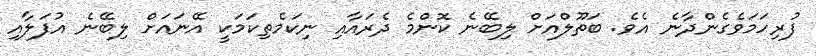
ފުރިހަމަވެގެންދާނެ އެވެ. ބަތޫލްއަށް ލިބޭނެ ކޮންމެ ދެރައާއި ނިކަމެތިކަމަކީ އޭނައަށް ލިބޭނެ އުފަލާއި